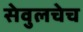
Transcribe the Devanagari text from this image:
सेवुलचेच